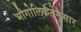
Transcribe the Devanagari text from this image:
भौगोलिकतेनुसार